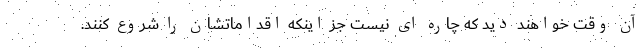
آن وقت خواهند دید که چاره ای نیست جز اینکه اقداماتشان را شروع کنند.